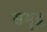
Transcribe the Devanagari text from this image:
समॄद्ध्